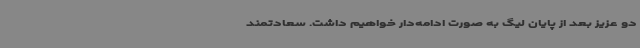
دو عزیز بعد از پایان لیگ به صورت ادامه‌دار خواهیم داشت. سعادتمند